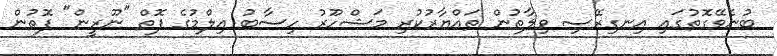
ބުނެވޭގޮތުގައި އިނގިރޭސި ވިލާތުން ތައްޔާރުކުރި މަޝްހޫރު ހިސާބު އިލްމުގެ ފޮތް "ނޫރީން" ފޮތުން